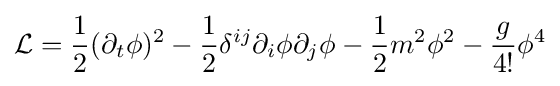
{\mathcal {L}}={\frac {1}{2}}(\partial _{t}\phi )^{2}-{\frac {1}{2}}\delta ^{ij}\partial _{i}\phi \partial _{j}\phi -{\frac {1}{2}}m^{2}\phi ^{2}-{\frac {g}{4!}}\phi ^{4}